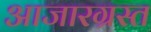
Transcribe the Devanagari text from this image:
आजारग्रस्त